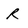
Character: R